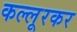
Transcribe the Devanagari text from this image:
कल्लूरकर